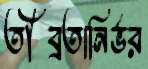
তীব্রতানির্ভর